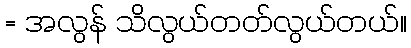
= အလွန် သိလွယ်တတ်လွယ်တယ်။